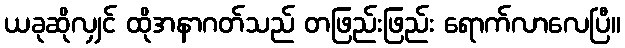
ယခုဆိုလျှင် ထိုအနာဂတ်သည် တဖြည်းဖြည်း ရောက်လာလေပြီ။